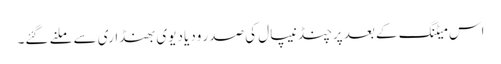
اس میٹنگ کے بعد پرچنڈ نیپال کی صدر ودیا دیوی بھنڈاری سے ملنے گئے۔